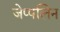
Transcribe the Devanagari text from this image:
जेप्पलिन